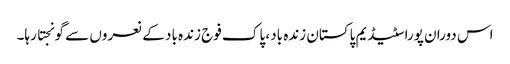
اس دوران پورا سٹیڈیم پاکستان زندہ باد، پاک فوج زندہ باد کے نعروں سے گونجتا رہا۔